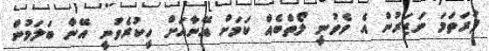
ފުރަތަމަ ނަޒަރުން އެ ވެވުނީ ލޯތްބެއް ކަމަށް އޭނާއަށް ހީކުރެވުނީ އޭނާ ބަލަމުން